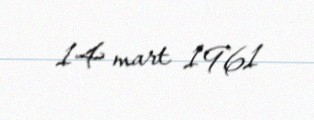
14 mart 1961